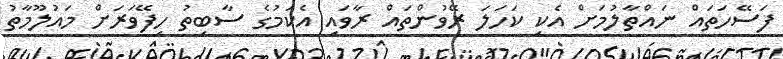
ފަސޭހަތައް ނައްތާލުމަށް އެކި ކަހަލަ ރޭވުންތައް ރާވައި އެކަމުގެ ސާބިތު ހިފޭވަރަށް މައުލޫމާތު